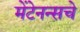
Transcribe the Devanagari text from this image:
मेंटेनन्सचे